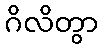
ဂိလိတွာ